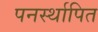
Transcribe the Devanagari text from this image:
पनर्स्थापित